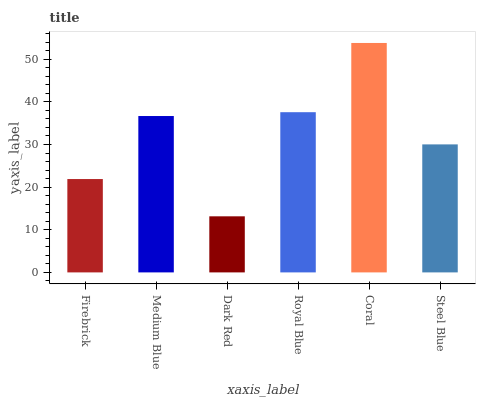
| xaxis_label | bars |
 | --- | --- |
 | Firebrick | 21.9 |
 | Medium Blue | 36.7 |
 | Dark Red | 13.2 |
 | Royal Blue | 37.6 |
 | Coral | 53.8 |
 | Steel Blue | 30 |